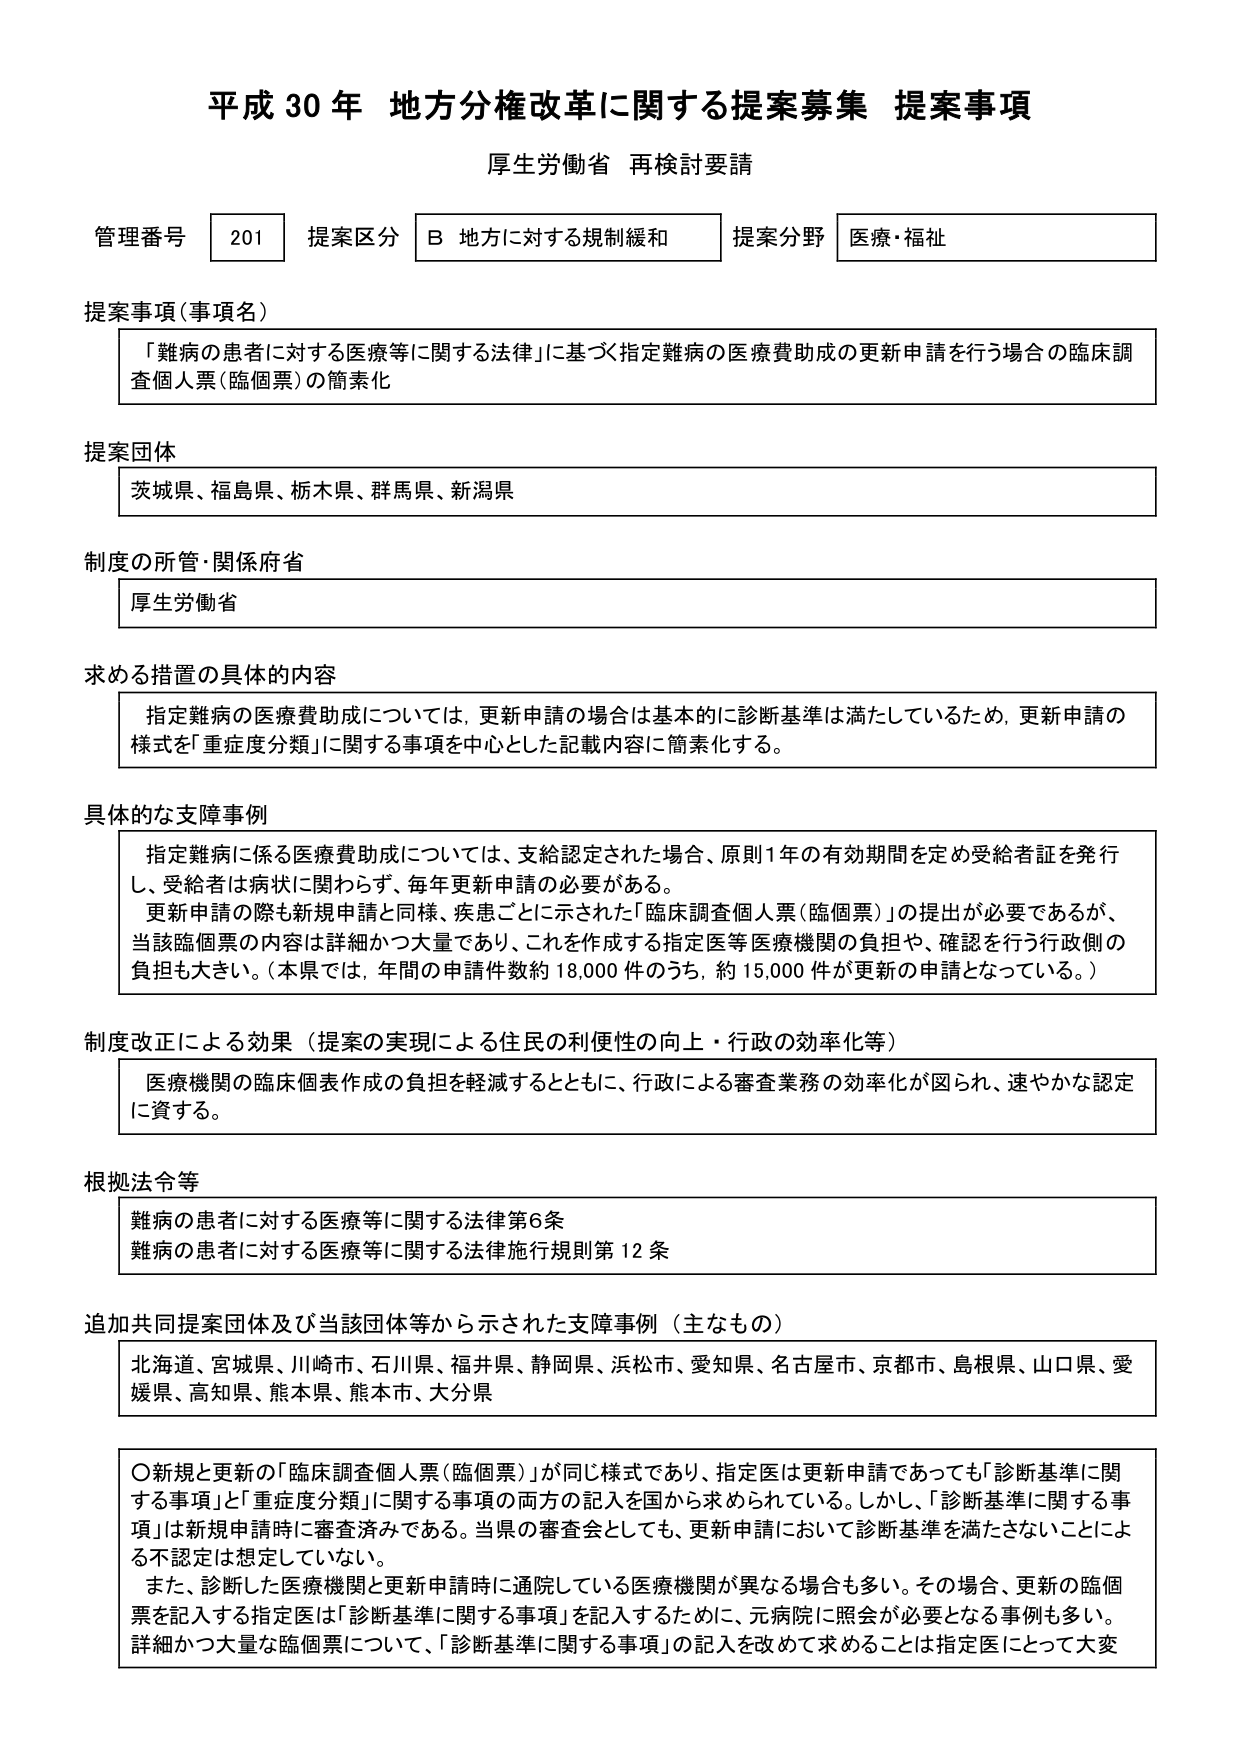
平成30年 地方分権改革に関する提案募集 提案事項
厚生労働省 再検討要請

管理番号 201 提案区分 B 地方に対する規制緩和 提案分野 医療・福祉

提案事項（事項名）
「難病の患者に対する医療等に関する法律」に基づく指定難病の医療費助成の更新申請を行う場合の臨床調査個人票（臨個票）の簡素化

提案団体
茨城県、福島県、栃木県、群馬県、新潟県

制度の所管・関係府省
厚生労働省

求める措置の具体的な内容
指定難病の医療費助成については、更新申請の場合は基本的に診断基準は満たしているため、更新申請の様式を「重症度分類」に関する事項を中心とした記載内容に簡素化する。

具体的な支障事例
指定難病に係る医療費助成については、支給認定された場合、原則1年の有効期間を定め受給者証を発行し、受給者は病状に関わらず、毎年更新申請の必要がある。
更新申請の際も新規申請と同様、疾患ごとに示された「臨床調査個人票（臨個票）」の提出が必要であるが、当該臨個票の内容は詳細かつ大量であり、これを作成する指定医等医療機関の負担や、確認を行う行政側の負担も大きい。（本県では、年間の申請件数約18,000件のうち、約15,000件が更新の申請となっている。）

制度改正による効果（提案の実現による住民の利便性の向上・行政の効率化等）
医療機関の臨床個表作成の負担を軽減するとともに、行政による審査業務の効率化が図られ、速やかな認定に資する。

根拠法令等
難病の患者に対する医療等に関する法律第6条
難病の患者に対する医療等に関する法律施行規則第12条

追加共同提案団体及び当該団体等から示された支障事例（主なもの）
北海道、宮城県、川崎市、石川県、福井県、静岡県、浜松市、愛知県、名古屋市、京都市、島根県、山口県、愛媛県、高知県、熊本県、熊本市、大分県

〇新規と更新の「臨床調査個人票（臨個票）」が同じ様式であり、指定医は更新申請であっても「診断基準に関する事項」と「重症度分類」に関する事項の両方の記入を国から求められている。しかし、「診断基準に関する事項」は新規申請時に審査済みである。当県の審査会としても、更新申請において診断基準を満たさないことによる不認定は想定していない。
また、診断した医療機関と更新申請時に通院している医療機関が異なる場合も多い。その場合、更新の臨個票を記入する指定医は「診断基準に関する事項」を記入するために、元病院に照会が必要となる事例も多い。
詳細かつ大量な臨個票について、「診断基準に関する事項」の記入を改めて求めることは指定医にとって大変